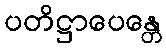
ပတိဋ္ဌာပေန္တေ